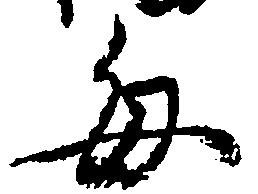
毎